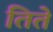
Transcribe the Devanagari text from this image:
तिते